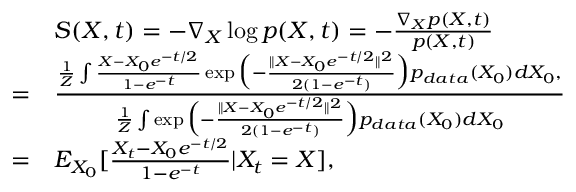
\begin{array} { r l } & { S ( X , t ) = - \nabla _ { X } \log p ( X , t ) = - \frac { \nabla _ { X } p ( X , t ) } { p ( X , t ) } } \\ { = } & { \frac { \frac { 1 } { Z } \int \frac { X - X _ { 0 } e ^ { - t / 2 } } { 1 - e ^ { - t } } \exp \Big ( - \frac { \| X - X _ { 0 } e ^ { - t / 2 } \| ^ { 2 } } { 2 ( 1 - e ^ { - t } ) } \Big ) p _ { d a t a } ( X _ { 0 } ) d X _ { 0 } , } { \frac { 1 } { Z } \int \exp \Big ( - \frac { \| X - X _ { 0 } e ^ { - t / 2 } \| ^ { 2 } } { 2 ( 1 - e ^ { - t } ) } \Big ) p _ { d a t a } ( X _ { 0 } ) d X _ { 0 } } } \\ { = } & { E _ { X _ { 0 } } [ \frac { X _ { t } - X _ { 0 } e ^ { - t / 2 } } { 1 - e ^ { - t } } | X _ { t } = X ] , } \end{array}